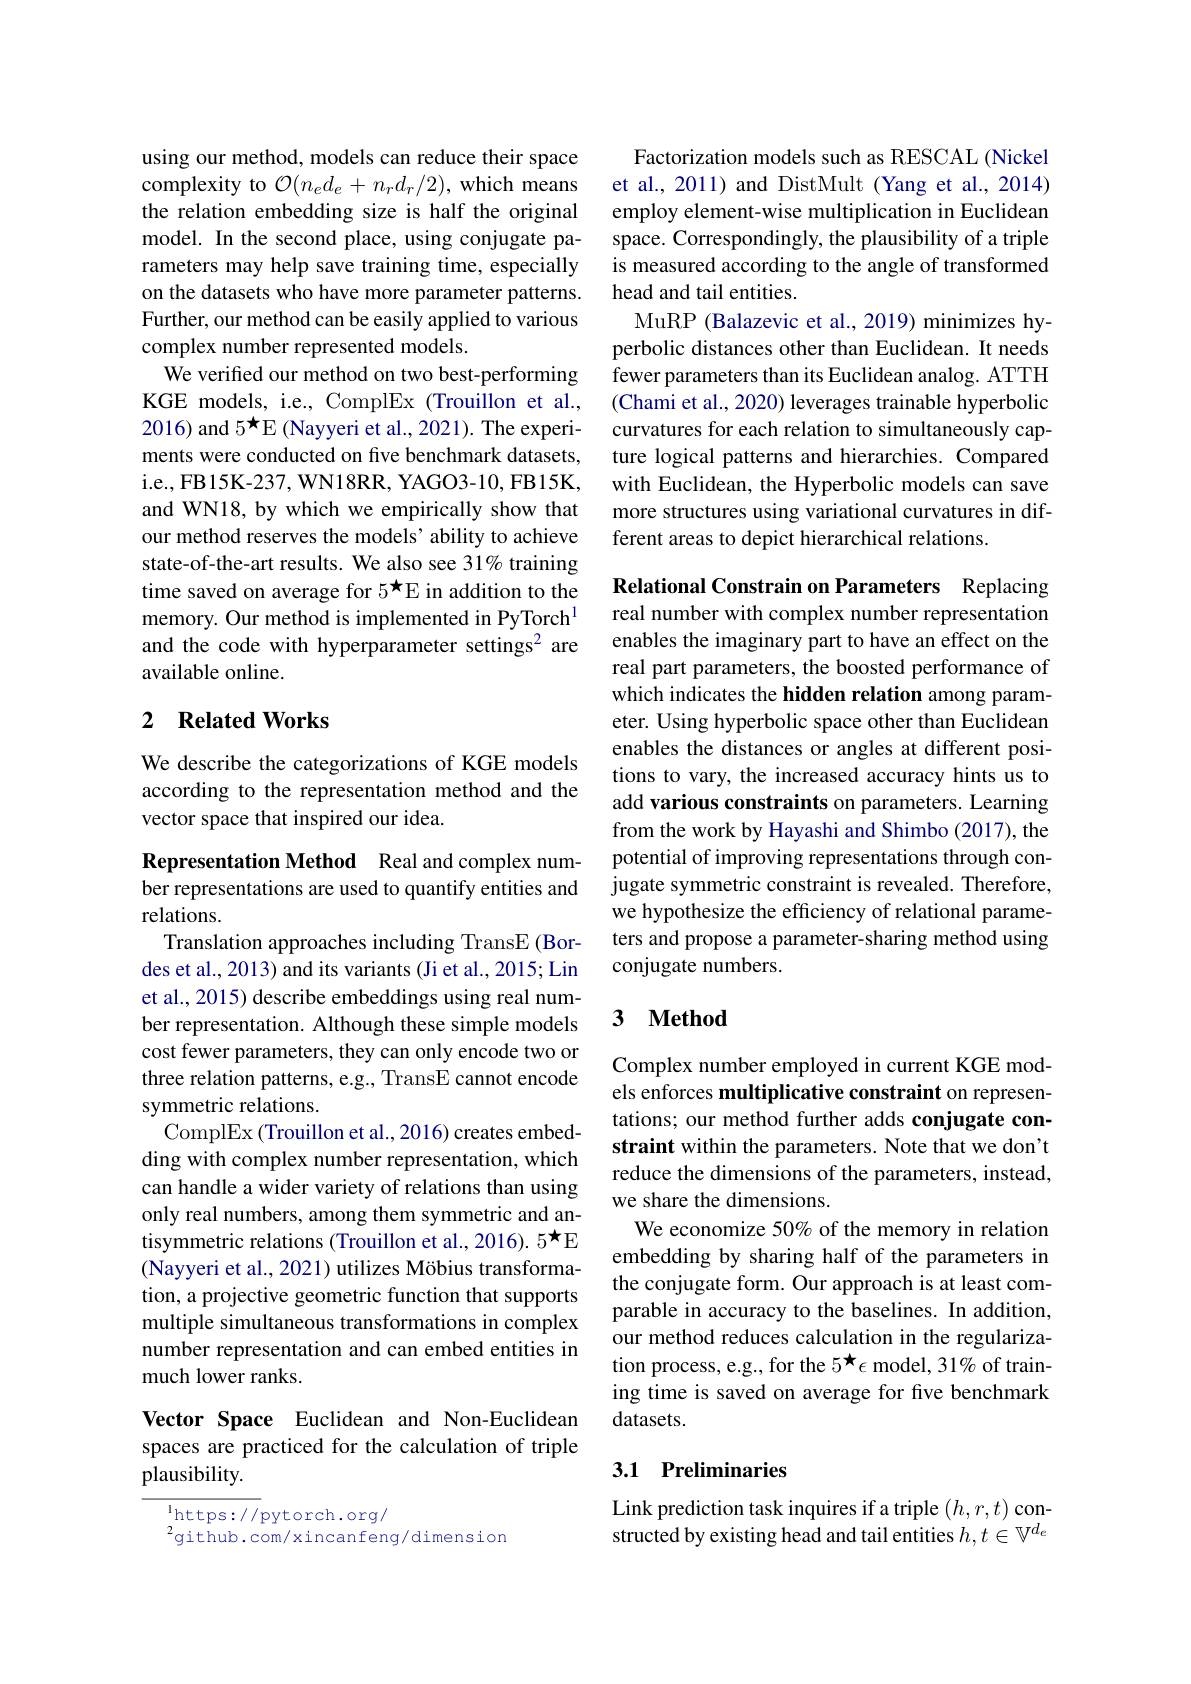
using our method, models can reduce their space complexity to $\mathcal{O}(n_ed_e+n_rd_r/2)$, which means the relation embedding size is half the original model. In the second place, using conjugate parameters may help save training time, especially on the datasets who have more parameter patterns. Further, our method can be easily applied to various complex number represented models.
We verified our method on two best-performing KGE models, i.e., ComplEx (Trouillon et al., 2016) and 5$^{\star}$E (Nayyeri et al., 2021). The experiments were conducted on five benchmark datasets, i.e., FB15K-237, WN18RR, YAGO3-10, FB15K, and WN18, by which we empirically show that our method reserves the models’ ability to achieve state-of-the-art results. We also see 31% training time saved on average for 5$^{\star}$E in addition to the memory. Our method is implemented in PyTorch$^{1}$ and the code with hyperparameter settings$^2$ are available online.

## 2 Related Works

We describe the categorizations of KGE models according to the representation method and the vector space that inspired our idea.

Representation Method Real and complex number representations are used to quantify entities and relations.
Translation approaches including TransE (Bordes et al., 2013) and its variants (Ji et al., 2015; Lin et al., 2015) describe embeddings using real number representation. Although these simple models cost fewer parameters, they can only encode two or three relation patterns, e.g., TransE cannot encode symmetric relations.
ComplEx (Trouillon et al., 2016) creates embedding with complex number representation, which can handle a wider variety of relations than using only real numbers, among them symmetric and antisymmetric relations (Trouillon et al., 2016). 5*E (Nayyeri et al., 2021) utilizes Möbius transformation, a projective geometric function that supports multiple simultaneous transformations in complex number representation and can embed entities in much lower ranks.

### Vector Space Euclidean and Non-Euclidean spaces are practiced for the calculation of triple plausibility.

$\operatorname*{l}_{2}$https://pytorch.org/
$^{2}$github.com/xincanfeng/dimension

Factorization models such as RESCAL (Nickel et al., 2011) and DistMult (Yang et al., 2014) employ element-wise multiplication in Euclidean space. Correspondingly, the plausibility of a triple is measured according to the angle of transformed head and tail entities.
MuRP (Balazevic et al., 2019) minimizes hyperbolic distances other than Euclidean. It needs fewer parameters than its Euclidean analog. ATTH (Chami et al., 2020) leverages trainable hyperbolic curvatures for each relation to simultaneously capture logical patterns and hierarchies. Compared with Euclidean, the Hyperbolic models can save more structures using variational curvatures in different areas to depict hierarchical relations.

Relational Constrain on Parameters Replacing real number with complex number representation enables the imaginary part to have an effect on the real part parameters, the boosted performance of which indicates the hidden relation among parameter. Using hyperbolic space other than Euclidean enables the distances or angles at different positions to vary, the increased accuracy hints us to add various constraints on parameters. Learning from the work by Hayashi and Shimbo (2017), the potential of improving representations through conjugate symmetric constraint is revealed. Therefore, we hypothesize the efficiency of relational parameters and propose a parameter-sharing method using conjugate numbers.

### 3 $\mathbf{Method}$

Complex number employed in current KGE models enforces multiplicative constraint on representations; our method further adds conjugate constraint within the parameters. Note that we don't reduce the dimensions of the parameters, instead, we share the dimensions.
We economize 50% of the memory in relation embedding by sharing half of the parameters in the conjugate form. Our approach is at least comparable in accuracy to the baselines. In addition, our method reduces calculation in the regularization process, e.g., for the $5^{\star}\epsilon$ model, 31% of training time is saved on average for five benchmark datasets.

## 3.1 Preliminaries

Link prediction task inquires if a triple $(h,r,t)$ constructed by existing head and tail entities $h,t\in\mathbb{V}^d_e$